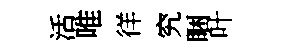
活唯徉究睏叶